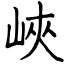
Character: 峽